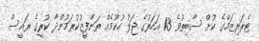
ޓެރަރިޒަމްގެ ކުށް ސާބިތުވެ 13 އަހަރުގެ ޖަލު ހުކުމެއް ތަންފީޒުކުރަމުންދާ ކުރީގެ ރައީސް